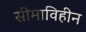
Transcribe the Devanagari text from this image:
सीमाविहीन